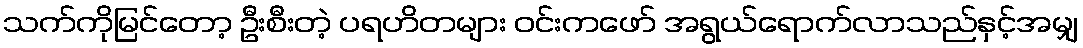
သက်ကိုမြင်တော့ ဦးစီးတဲ့ ပရဟိတများ ဝင်းကဖော် အရွယ်ရောက်လာသည်နှင့်အမျှ